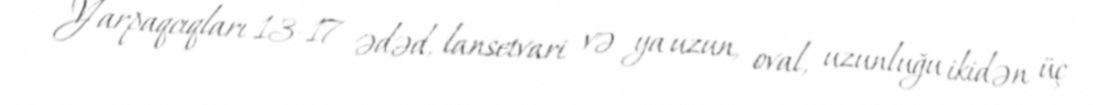
Yarpaqcıqları 13-17 ədəd, lansetvari və ya uzun, oval, uzunluğu ikidən üç